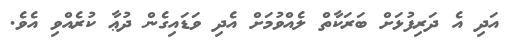
އަދި އެ ދަރިފުޅަށް ބަރަކާތް ލެއްވުމަށް އެދި ވަޑައިގެން ދުޢާ ކުރެއްވި އެވެ.